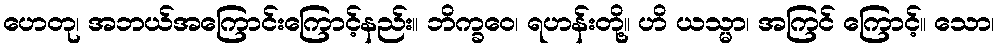
ဟေတု၊ အဘယ်အကြောင်းကြောင့်နည်း။ ဘိက္ခဝေ၊ ရဟန်းတို့။ ဟိ ယသ္မာ၊ အကြင် ကြောင့်။ သော၊